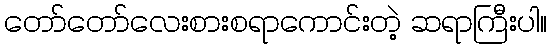
တော်တော်လေးစားစရာကောင်းတဲ့ ဆရာကြီးပါ။